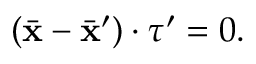
( \Bar { \mathbf { x } } - \Bar { \mathbf { x } } ^ { \prime } ) \cdot \boldsymbol \tau ^ { \prime } = 0 .